Vaccination Hyderabad 1890-1903 - 1890-1903
Year: 1890
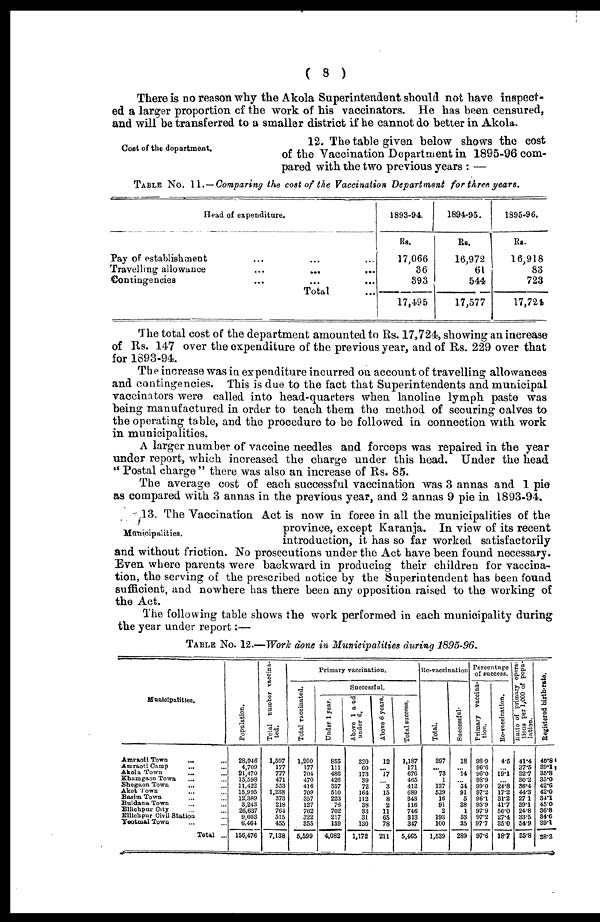
( 8 )
There is no reason why the Akola Superintendent should not have inspect-
ed a larger proportion of the work of his vaccinators. He has been censured,
and will be transferred to a smaller district if he cannot do better in Akola.
Cost of the department.
12. The table given below shows the cost
of the Vaccination Department in 1895-96 com-
pared with the two previous years : —
TABLE No. 11.—Comparing the cost of the Vaccination Department for three years.
Head of expenditure.
Pay of establishment ... ... ...
Travelling allowance ... ... ...
Contingencies ... ... ...
Total ...
1893-94
Rs.
17,066
36
393
17,495
1894-95.
Rs.
16,972
61
544
17,577
1895-96.
Rs.
16,918
83
723
17,724
The total cost of the department amounted to Rs. 17,724, showing an increase
of Rs. 147 over the expenditure of the previous year, and of Rs. 229 over that
for 1893-94.
The increase was in expenditure incurred on account of travelling allowances
and contingencies. This is due to the fact that Superintendents and municipal
vaccinators were called into head-quarters when lanoline lymph paste was
being manufactured in order to teach them the method of securing calves to
the operating table, and the procedure to be followed in connection with work
in municipalities.
A larger number of vaccine needles and forceps was repaired in the year
under report, which increased the charge under this head. Under the head
" Postal charge " there was also an increase of Rs. 85.
The average cost of each successful vaccination was 3 annas and 1 pie
as compared with 3 annas in the previous year, and 2 annas 9 pie in 1893-94.
Municipalities.
13. The Vaccination Act is now in force in all the municipalities of the
province, except Karanja. In view of its recent
introduction, it has so far worked satisfactorily
and without friction. No prosecutions under the Act have been found necessary.
Even where parents were backward in producing their children for vaccina-
tion, the serving of the prescribed notice by the Superintendent has been found
sufficient, and nowhere has there been any opposition raised to the working of
the Act.
The following table shows the work performed in each municipality during
the year under report:—
TABLE No. 12.—Work done in Municipalities during 1895-96.
Municipalities.
Amraoti Town
...
...
Amraoti Camp
... ...
Akola Town ... ...
Khamgaon Town ... ...
Shegaon Town ...
Akot Town ... ...
Basim Town ... ...
Buldana Town ... ...
Ellichpur City ... ...
Ellichpur Civil Station ...
Yeotmal Town ... ...
Total ...
Population.
28,946
4,709
21,470
15,598
11,422
15,995
12,389
3,243
26,637
9,603
6,464
156,476
Total number vaccina-
ted.
1,597
177
777
471
553
1,238
373
218
764
515
455
7,138
Primary vaccination.
Total vaccinated.
1,200
177
704
470
416
709
357
127
762
322
355
6,599
Successful.
Under 1 year.
855
111
486
426
337
510
223
76
702
217
139
4,082
Above 1 and
under 6.
320
60
173
39
72
164
112
38
33
31
130
1,172
Above 6 years.
12
... 17
... 3
15
8
2
11
65
78
211
Total success.
1,187
171
676
465
412
689
343
116
746
313
347
5,465
Re-vaccination
Total.
397
... 73
1
137
529
16
91
2
193
100
1,539
Successful.
18
... 14
... 34
91
5
38
1
53
35
289
Percentage
of success.
Primary vaccina-
tion.
98.9
96.6
96.0
98.9
99.0
97.2
96.1
95.9
97.9
97.2
97.7
97.6
Re-vaccination.
4.5
... 19.1
... 24.8
17.2
31.2
41.7
50.0
27.4
35.0
18.7
Ratio of primary opera¬
tions per 1,000 of popu-
lation.
41.4
37.5
32.7
30.2
36.4
44.3
27.1
39.1
24.8
33.5
54.9
35.8
Registered birth-rate.
40.8
39.1
35.8
35.0
42.6
42.0
34.1
45.0
36.8
34.6
39.1
38.3